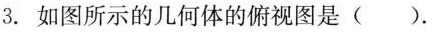
3.如图所示的几何体的俯视图是( ).